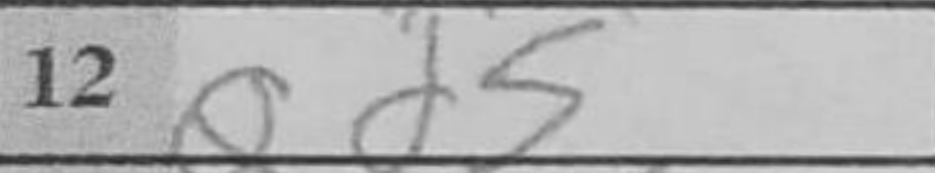
Transcription: Qd5